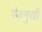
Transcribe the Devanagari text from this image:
पंकमुखी